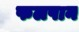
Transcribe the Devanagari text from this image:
फलपान